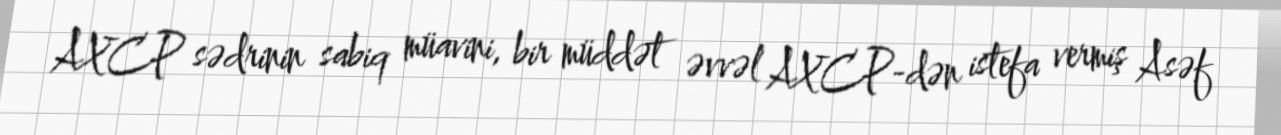
AXCP sədrinin sabiq müavini, bir müddət əvvəl AXCP-dən istefa vermiş Asəf